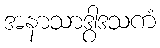
အနာသာဒွါဒသကံ